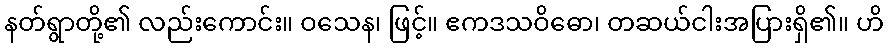
နတ်ရွာတို့၏ လည်းကောင်း။ ဝသေန၊ ဖြင့်။ ဧကဒသဝိဓော၊ တဆယ်ငါးအပြားရှိ၏။ ဟိ